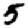
Digit: 5